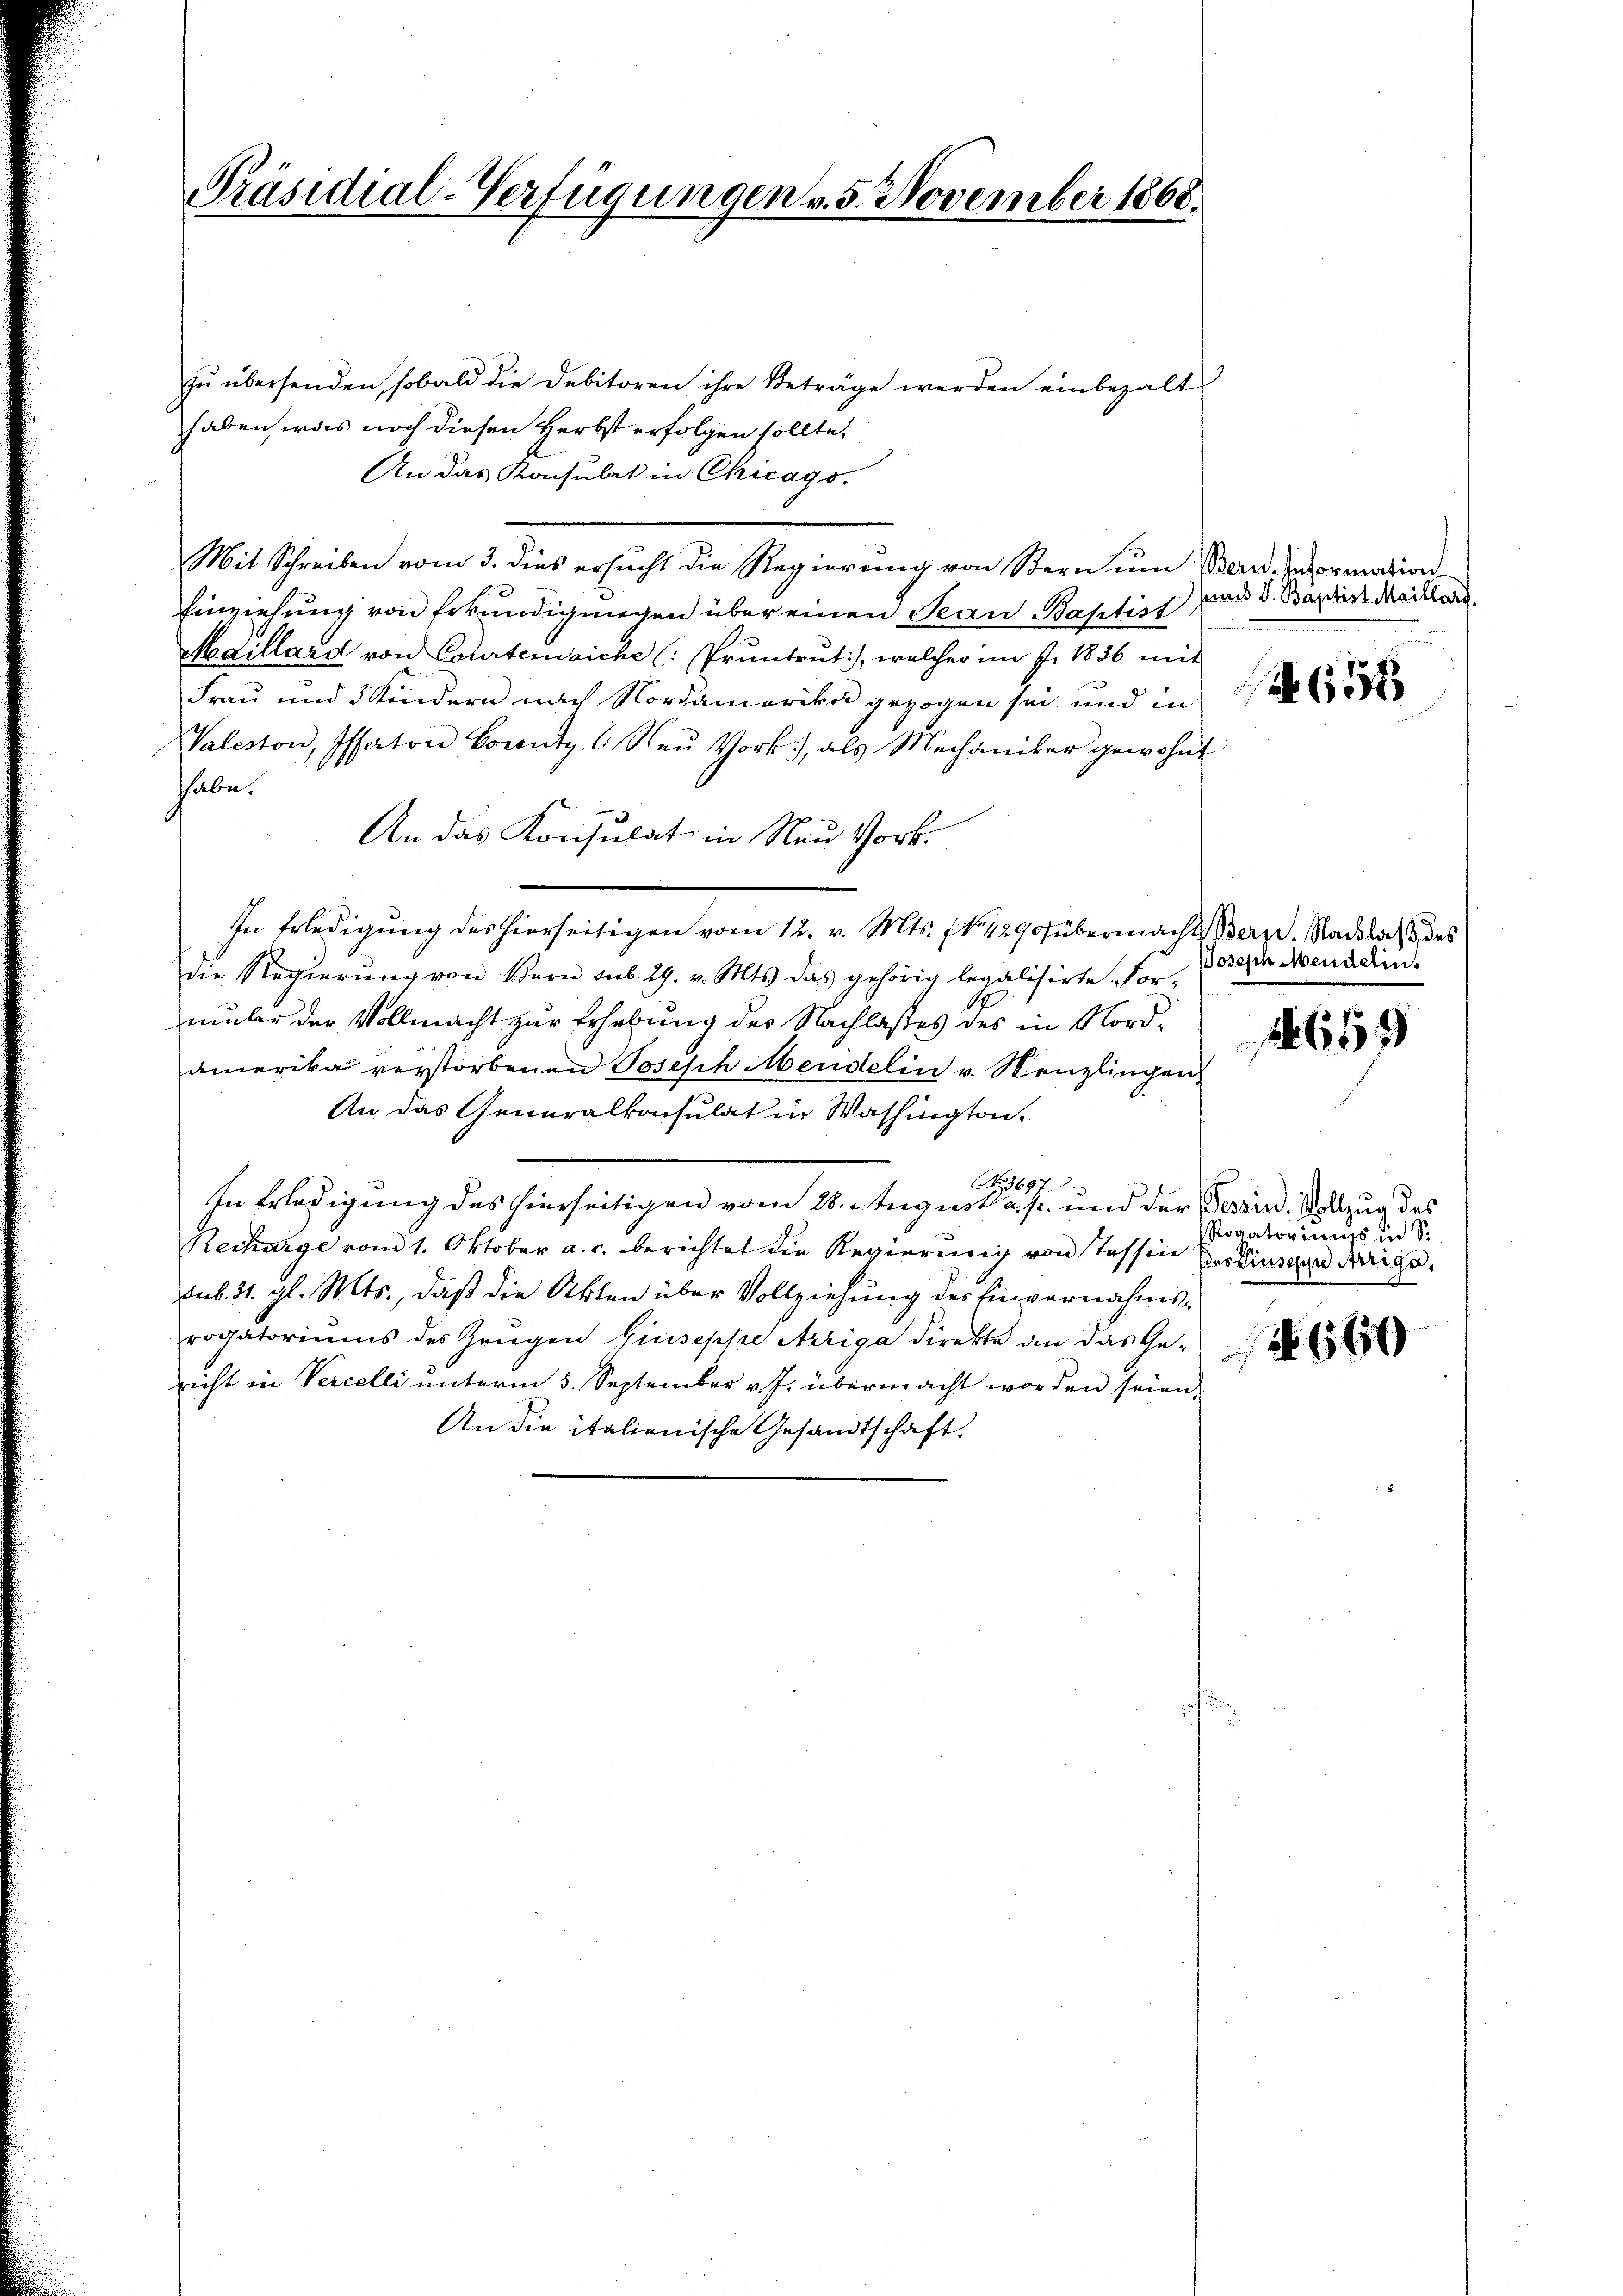
Präsidial-Verfügungen v. 5. November 1868.

zŭ übersenden, sobald die Debitoren ihre Beträge werden einbezalt
haben, was noch diesen Herbst erfolgen sollte,
An das Konsulat in Chicago.
Mit Schreiben vom 3. dies ersucht die Regierung von Stern um Bern Information¬
Einziehung von Erkundigungen über einen Jean Baptist
Maillard von Courtenaiche (: Pruntrŭt:), welcher im fr. 1836 mit
Frau und 5 Kindern nach Nordamerika gezogen sei, und in
Valeston, Issaton Borntg. 6. Naŭ Vork, als Mechaniker gewohnt
habe.
An das Konsulat in Neu Vort.
In Erledigung des hierseitigen vom 12. v. Mts. No. 1290 übermacht Bern. Nachlacht des
die Regierŭng von Bern sub. 29. v. Mts. das gehörig legalisirte For-
mber der Vollmacht zur Erhebung des Nachlasses des in Nordamerika verstorbenen Joseph Mendelin v. Menzlingen,
An das Generalkonsulat in Washington,
No. 3697.
8
In Erledigung des hierseitigen vom 28. August a. p. und der Tessin, Vollzug des
Recharge vom 1. Oktober a. c. berichtet die Regierung von stessen Herr Vinzen darige,
Feb. 31. gl. Mts., daß die Akten über Vollziehung der Einvernahmsrogatoriums des Zeugen Giuseppe Arriga direkte an das Gericht in Vercelli ŭnterm 5. September v. J. übermacht worden seien.
An die italienische Gesandtschaft.

sund S. Baptist Maillarg.

655

osisch Menderin.

659

Rogatoriums in S.

640